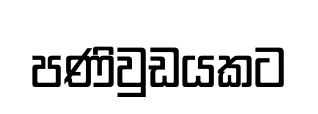
පණිවුඩයකට